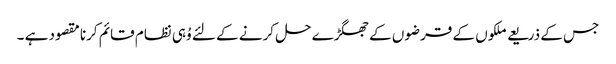
جس کے ذریعے ملکوں کے قرضوں کے جھگڑے حل کرنے کے لئے وُہی نظام قائم کرنا مقصود ہے ۔